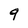
Character: 9